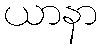
ယာနာ